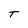
Character: t